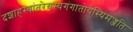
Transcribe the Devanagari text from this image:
दशाहस्यांतरेयस्यगंगातोयेस्थिमज्जति